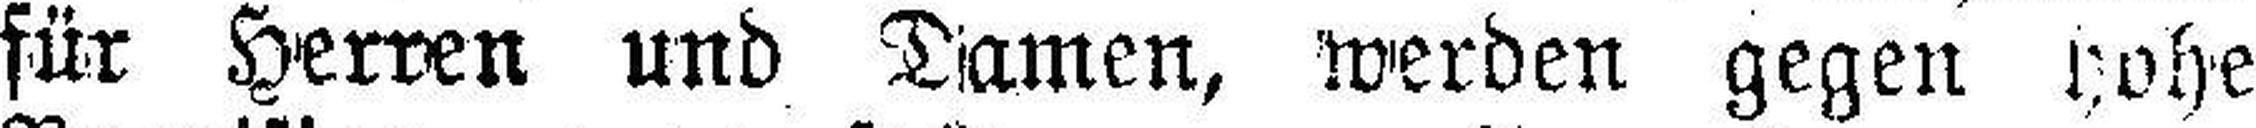
für Herren und Damen, werden gegen hohe